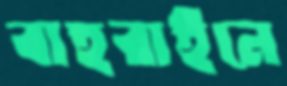
বাহরাইনে